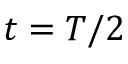
t = T / 2